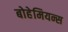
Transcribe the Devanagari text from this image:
बोहेमियन्स